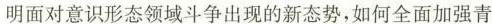
明面对意识形态领域斗争出现的新态势，如何全面加强青